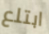
ابتلع